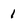
Character: 1